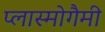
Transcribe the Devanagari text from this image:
प्लास्मोगैमी